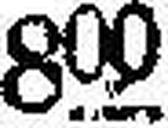
800